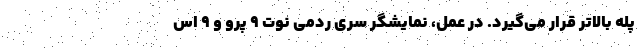
پله بالاتر قرار می‌گیرد. در عمل، نمایشگر سری ردمی نوت ۹ پرو و ۹ اس